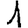
Digit: 1